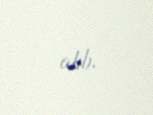
alıb.